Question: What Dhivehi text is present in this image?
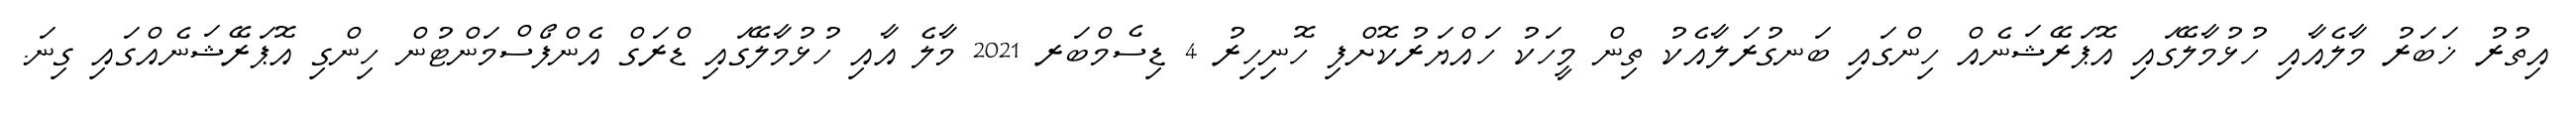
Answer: އިތުރު ޚަބަރު މާލެއާއި ހުޅުމާލޭގައި އޮޕަރޭޝަނެއް ހިންގައި ބަނގުރަލާއެކު ތިން މީހަކު ހައްޔަރުކޮށްފި ހޮނިހިރު 4 ޑިސެމްބަރ 2021 މާލެ އާއި ހުޅުމާލޭގައި ޑްރަގް އެންފޯސްމަންޓުން ހިންގި އޮޕަރޭޝަނެއްގައި ގިނަ.